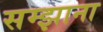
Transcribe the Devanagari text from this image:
सम्झाना